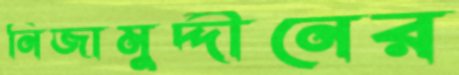
নিজামুদ্দীনের